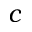
c